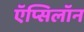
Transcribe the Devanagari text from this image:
ऍप्सिलॉन